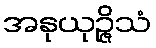
အနုယုဉ္ဇိသံ